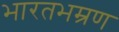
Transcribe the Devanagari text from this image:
भारतभम्रण